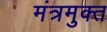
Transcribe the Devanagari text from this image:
मंत्रमुक्त